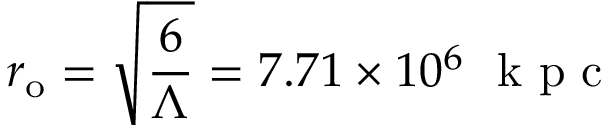
r _ { \mathrm { { o } } } = \sqrt { \frac { 6 } { \Lambda } } = 7 . 7 1 \times 1 0 ^ { 6 } ~ \mathrm { ~ k ~ p ~ c ~ }